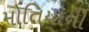
મોતિયાની